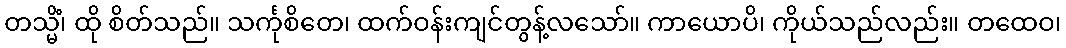
တသ္မိံ၊ ထို စိတ်သည်။ သင်္ကုစိတေ၊ ထက်ဝန်းကျင်တွန့်လသော်။ ကာယောပိ၊ ကိုယ်သည်လည်း။ တထေဝ၊